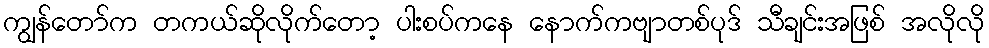
ကျွန်တော်က တကယ်ဆိုလိုက်တော့ ပါးစပ်ကနေ နောက်ကဗျာတစ်ပုဒ် သီချင်းအဖြစ် အလိုလို